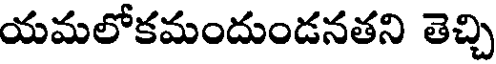
యమలోకమందుండనతని తెచ్చి